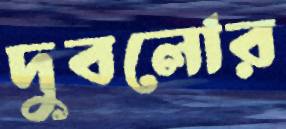
দুবলোর